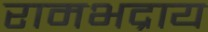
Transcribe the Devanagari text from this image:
रामभद्राय